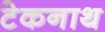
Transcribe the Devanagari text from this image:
टेकनाथ